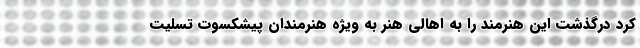
کرد درگذشت این هنرمند را به اهالی هنر به ویژه هنرمندان پیشکسوت تسلیت